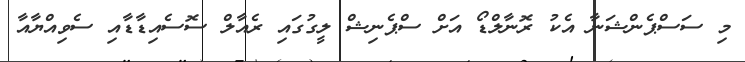
މި ސަސްޕެންޝަނާ އެކު ރޮނާލްޑޯ އަށް ސްޕެނިޝް ލީގުގައި ރެއާލް ސޮސެއިޑާޑާއި ސެވިއްޔާއާ